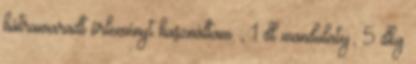
hátramaradt őrleményt használtam ; 1 dl mandulatej; 5 dkg